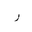
Letter: _ra